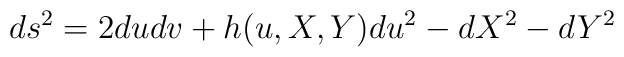
ds^{2}=2dudv +h(u,X,Y)du^{2}-dX^{2}-dY^{2}